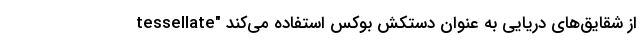
tessellate" از شقایق‌های دریایی به عنوان دستکش بوکس استفاده می‌کند